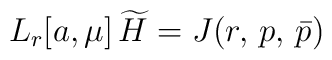
L_r[a,\mu] \, \widetilde{H} = J(r,\,p,\,\bar{p})